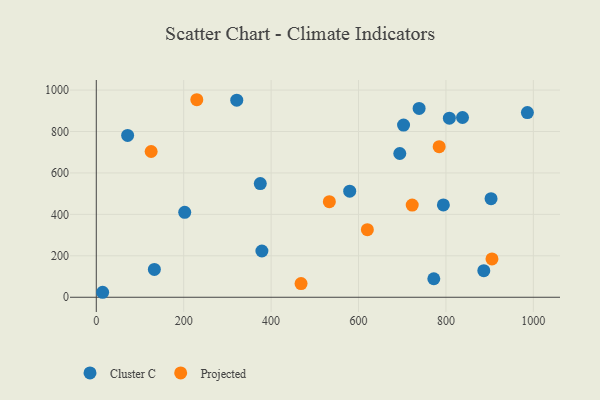
{"axis": {"x": "Investment", "y": "Salary"}, "legend": ["Cluster C", "Projected"], "data": [{"x": "132.9", "y": 134.3, "type": "Cluster C"}, {"x": "14.5", "y": 24.0, "type": "Cluster C"}, {"x": "772.2", "y": 89.3, "type": "Cluster C"}, {"x": "378.9", "y": 223.3, "type": "Cluster C"}, {"x": "375.2", "y": 548.8, "type": "Cluster C"}, {"x": "738.6", "y": 911.5, "type": "Cluster C"}, {"x": "794.1", "y": 445.4, "type": "Cluster C"}, {"x": "703.0", "y": 831.0, "type": "Cluster C"}, {"x": "71.7", "y": 781.2, "type": "Cluster C"}, {"x": "321.4", "y": 951.1, "type": "Cluster C"}, {"x": "579.8", "y": 512.0, "type": "Cluster C"}, {"x": "694.4", "y": 693.8, "type": "Cluster C"}, {"x": "807.8", "y": 864.3, "type": "Cluster C"}, {"x": "202.3", "y": 409.8, "type": "Cluster C"}, {"x": "986.3", "y": 891.2, "type": "Cluster C"}, {"x": "886.6", "y": 128.4, "type": "Cluster C"}, {"x": "837.9", "y": 867.7, "type": "Cluster C"}, {"x": "903.2", "y": 475.8, "type": "Cluster C"}, {"x": "722.8", "y": 444.8, "type": "Projected"}, {"x": "620.2", "y": 326.1, "type": "Projected"}, {"x": "125.5", "y": 703.5, "type": "Projected"}, {"x": "230.0", "y": 953.4, "type": "Projected"}, {"x": "784.5", "y": 726.7, "type": "Projected"}, {"x": "533.2", "y": 461.2, "type": "Projected"}, {"x": "905.3", "y": 185.0, "type": "Projected"}, {"x": "468.5", "y": 65.8, "type": "Projected"}]}